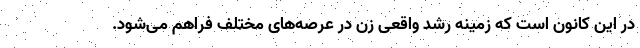
در این کانون است که زمینه رشد واقعی زن در عرصه‌های مختلف فراهم می‌شود.